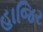
હાજિર